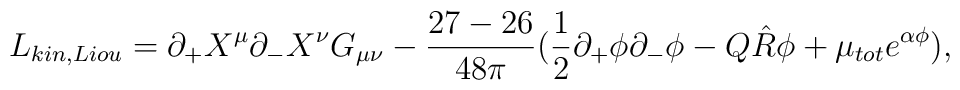
L_{kin,Liou}=\partial _{+} X^{\mu} \partial _{-} X^{\nu} G_ {\mu \nu} -\frac{27-26}{48 \pi} (\frac{1}{2} \partial _{+} \phi \partial _{-} \phi -Q\hat{R} \phi +\mu _{tot} e^{\alpha \phi}) ,